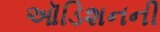
ઑડિશનની